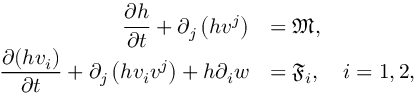
\begin{array} { r l } { \displaystyle \frac { \partial h } { \partial t } + \partial _ { j } \left( h v ^ { j } \right) } & { = \mathfrak { M } , } \\ { \displaystyle \frac { \partial ( h v _ { i } ) } { \partial t } + \partial _ { j } \left( h v _ { i } v ^ { j } \right) + h \partial _ { i } w } & { = \mathfrak { F } _ { i } , \quad i = 1 , 2 , } \end{array}